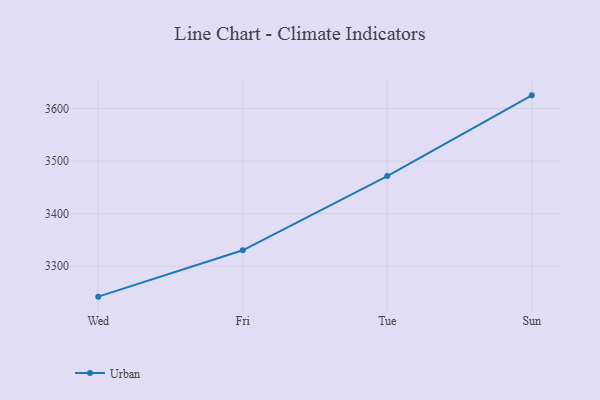
{"axis": {"x": "Day", "y": "Demand Index"}, "legend": ["Urban"], "data": [{"x": "Wed", "y": 3242.1, "type": "Urban"}, {"x": "Fri", "y": 3330.3, "type": "Urban"}, {"x": "Tue", "y": 3471.5, "type": "Urban"}, {"x": "Sun", "y": 3625.0, "type": "Urban"}]}